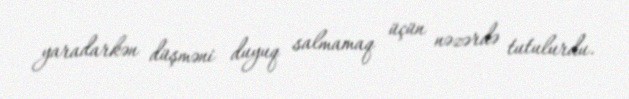
yaradarkən düşməni duyuq salmamaq üçün nəzərdə tutulurdu.